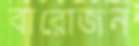
বারোজন